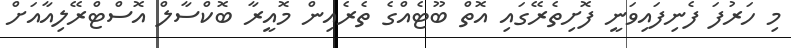
މި ހަރުފަ ފެނިފައިވަނީ ފޮށިތެރޭގައި އޮތް ބޫޓެއްގެ ތެރެއިން މޮއީރާ ބޮކްސާލް އޮސްޓްރޭލިއާއަށް